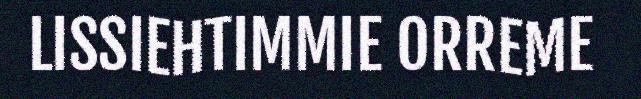
LISSIEHTIMMIE ORREME